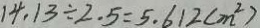
1 4 . 1 3 \div 2 . 5 = 5 . 6 1 2 ( m ^ { 2 } )